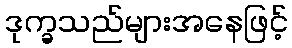
ဒုက္ခသည်များအနေဖြင့်